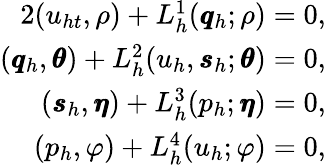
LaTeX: \begin{array}{r}{{2}(u_{ht},\rho)+L_{h}^{1}(\pmb{q}_{h};\rho)=0,}\\ {(\pmb{q}_{h},\pmb{\theta})+L_{h}^{2}(u_{h},\pmb{s}_{h};\pmb{\theta})=0,}\\ {(\pmb{s}_{h},\pmb{\eta})+L_{h}^{3}(p_{h};\pmb{\eta})=0,}\\ {(p_{h},\varphi)+L_{h}^{4}(u_{h};\varphi)=0,}\end{array}